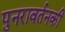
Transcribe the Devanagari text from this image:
पुनरावर्तनकी